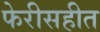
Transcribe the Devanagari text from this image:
फेरीसहीत